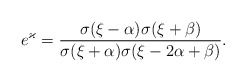
\begin{align*} e^\varkappa = \frac{\sigma(\xi-\alpha)\sigma(\xi+\beta)} {\sigma(\xi+\alpha)\sigma(\xi-2\alpha +\beta)}.\end{align*}